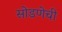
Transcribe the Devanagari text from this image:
सोडणेची